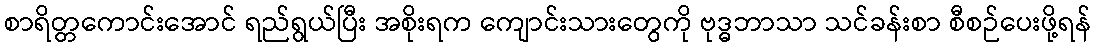
စာရိတ္တကောင်းအောင် ရည်ရွယ်ပြီး အစိုးရက ကျောင်းသားတွေကို ဗုဒ္ဓဘာသာ သင်ခန်းစာ စီစဉ်ပေးဖို့ရန်